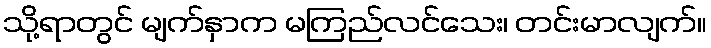
သို့ရာတွင် မျက်နှာက မကြည်လင်သေး၊ တင်းမာလျက်။